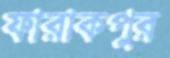
ফারাকপুর